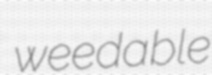
weedable